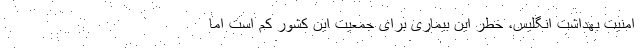
امنیت بهداشت انگلیس، خطر این بیماری برای جمعیت این کشور کم است اما